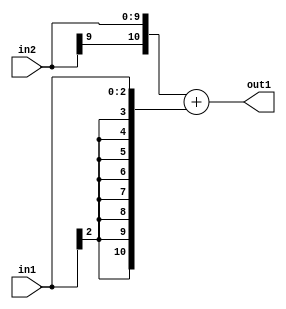
`timescale 1ps / 1ps
/*****************************************************************************
    Verilog RTL Description
    
    
    Created by: Stratus DpOpt 2019.1.01 
*******************************************************************************/

module SobelFilter_Add_10Sx3S_11S_4 (
	in2,
	in1,
	out1
	); /* architecture "behavioural" */ 
input [9:0] in2;
input [2:0] in1;
output [10:0] out1;
wire [10:0] asc001;

assign asc001 = 
	+({in2[9], in2})
	+({{8{in1[2]}}, in1});

assign out1 = asc001;
endmodule

/* CADENCE  ubP0Qg4= : u9/ySgnWtBlWxVPRXgAZ4Og= ** DO NOT EDIT THIS LINE ******/